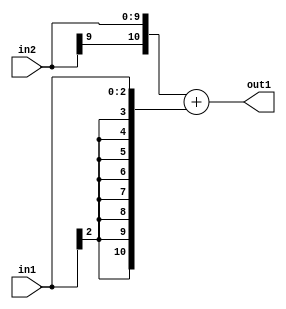
`timescale 1ps / 1ps
/*****************************************************************************
    Verilog RTL Description
    
    
    Created by: Stratus DpOpt 2019.1.01 
*******************************************************************************/

module SobelFilter_Add_10Sx3S_11S_4 (
	in2,
	in1,
	out1
	); /* architecture "behavioural" */ 
input [9:0] in2;
input [2:0] in1;
output [10:0] out1;
wire [10:0] asc001;

assign asc001 = 
	+({in2[9], in2})
	+({{8{in1[2]}}, in1});

assign out1 = asc001;
endmodule

/* CADENCE  ubP0Qg4= : u9/ySgnWtBlWxVPRXgAZ4Og= ** DO NOT EDIT THIS LINE ******/